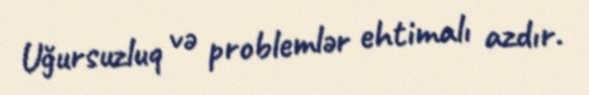
Uğursuzluq və problemlər ehtimalı azdır.